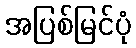
အပြစ်မြင်ပုံ